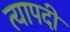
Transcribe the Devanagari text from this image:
त्यापदी